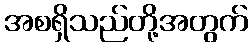
အစရှိသည်တို့အတွက်